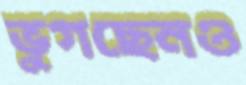
ভুগছেনও